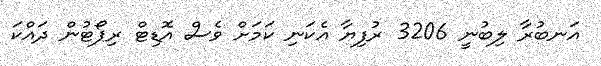
އަނބުރާ ލިބުނީ 3206 ރުފިޔާ އެކަނި ކަމަށް ވެސް އޮޑިޓް ރިޕޯޓުން ދައްކަ